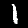
Label: 1